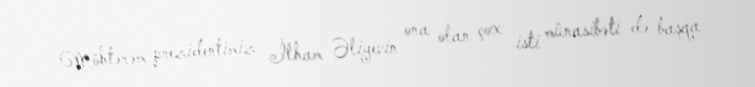
Möhtərəm prezidentimiz İlham Əliyevin ona olan çox isti münasibəti də başqa